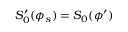
S _ { 0 } ^ { \prime } ( \phi _ { s } ) = S _ { 0 } ( \phi ^ { \prime } )